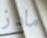
مادز